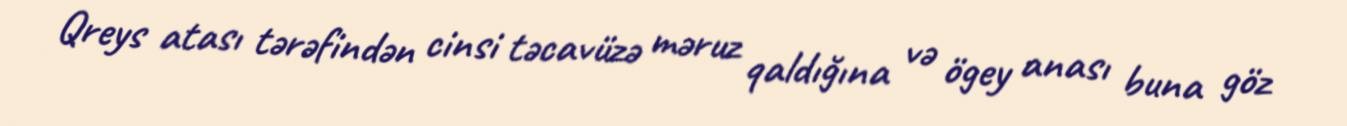
Qreys atası tərəfindən cinsi təcavüzə məruz qaldığına və ögey anası buna göz